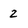
Character: 2